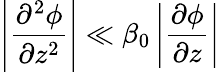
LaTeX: \left|\frac{\partial^{2}\phi}{\partial z^{2}}\right|\ll\beta_{0}\left|\frac{\partial\phi}{\partial z}\right|